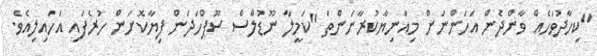
"ކިހާދުވަހެއް ވާންދެން އަހަންނަށް މިއަނިޔާކުރާނަންތަ "ކަމީލާ ނޫޑުލްސް ސޫޕްހަދަން ފިޔާކޮށަން ހުރެފައި އަހައިލިއެވެ.